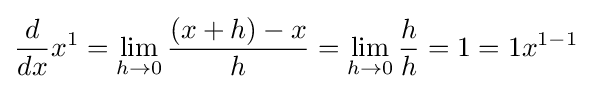
{\frac {d}{dx}}x^{1}=\lim _{h\to 0}{\frac {(x+h)-x}{h}}=\lim _{h\to 0}{\frac {h}{h}}=1=1x^{1-1}